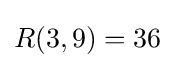
R(3,9)=36